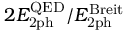
2 E _ { \mathrm { 2 p h } } ^ { \mathrm { Q E D } } / E _ { \mathrm { 2 p h } } ^ { \mathrm { B r e i t } }